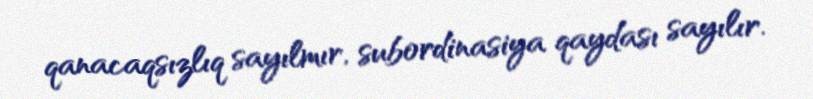
qanacaqsızlıq sayılmır, subordinasiya qaydası sayılır.